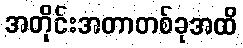
အတိုင်းအတာတစ်ခုအထိ